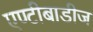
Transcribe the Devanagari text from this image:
एण्टीबाडीज